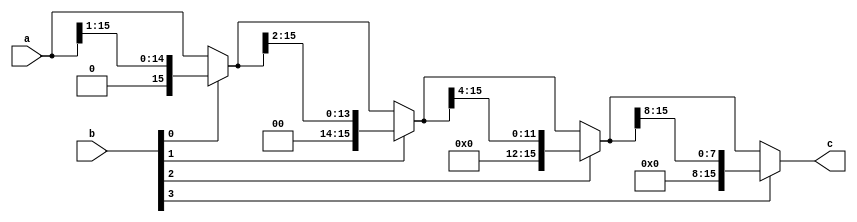
// This program was cloned from: https://github.com/manish-kj/Posit-HDL-Arithmetic
// License: BSD 3-Clause "New" or "Revised" License

module DSR_right_N_S(a,b,c);
        parameter N=16;
        parameter S=4;
        input [N-1:0] a;
        input [S-1:0] b;
        output [N-1:0] c;

wire [N-1:0] tmp [S-1:0];
assign tmp[0]  = b[0] ? a >> 7'd1  : a; 
genvar i;
generate
	for (i=1; i<S; i=i+1)begin:loop_blk
		assign tmp[i] = b[i] ? tmp[i-1] >> 2**i : tmp[i-1];
	end
endgenerate
assign c = tmp[S-1];

endmodule